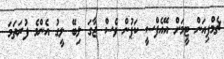
ޗެމްޕިއަން ޓީމަށް އޭއެފްސީ ކަޕުން ވެސް ޖާގަ ލިބޭ ލީގު އެންމެ ފުރަތަމަ